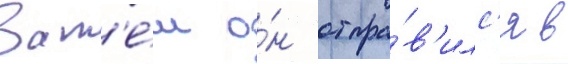
Зат'е́м о́н отпра́в'илс'я в